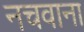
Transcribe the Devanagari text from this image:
नचवाना